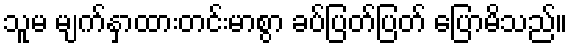
သူမ မျက်နှာထားတင်းမာစွာ ခပ်ပြတ်ပြတ် ပြောမိသည်။